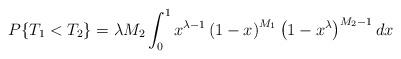
LaTeX: \begin{align*}P\{T_1 < T_2\}= \lambda M_2 \int_0^1 x^{\lambda - 1} \left(1 - x\right)^{M_1} \left(1 - x^{\lambda}\right)^{M_2 - 1} dx\end{align*}